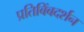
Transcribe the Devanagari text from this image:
प्रतिबिंबदर्शन